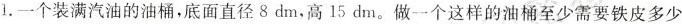
1.一个装满汽油的油桶，底面直径8dm，高15dm.做一个这样的油桶至少需要铁皮多少